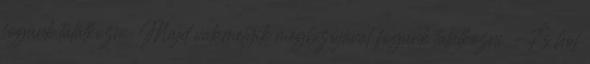
fogunk találkozni. Majd valamelyik megbízójával fogunk találkozni. -És hol